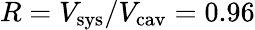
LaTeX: R=V_{\mathrm{sys}}/V_{\mathrm{cav}}=0.96